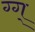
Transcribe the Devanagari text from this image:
ग्ग्